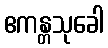
ဧကန္တသုခေါ